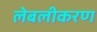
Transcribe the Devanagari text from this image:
लेबलीकरण